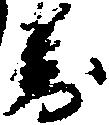
対